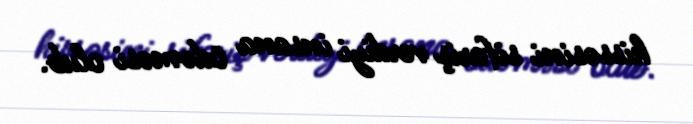
hissəsini sifariş verdiyi insana ödəməsi olub.